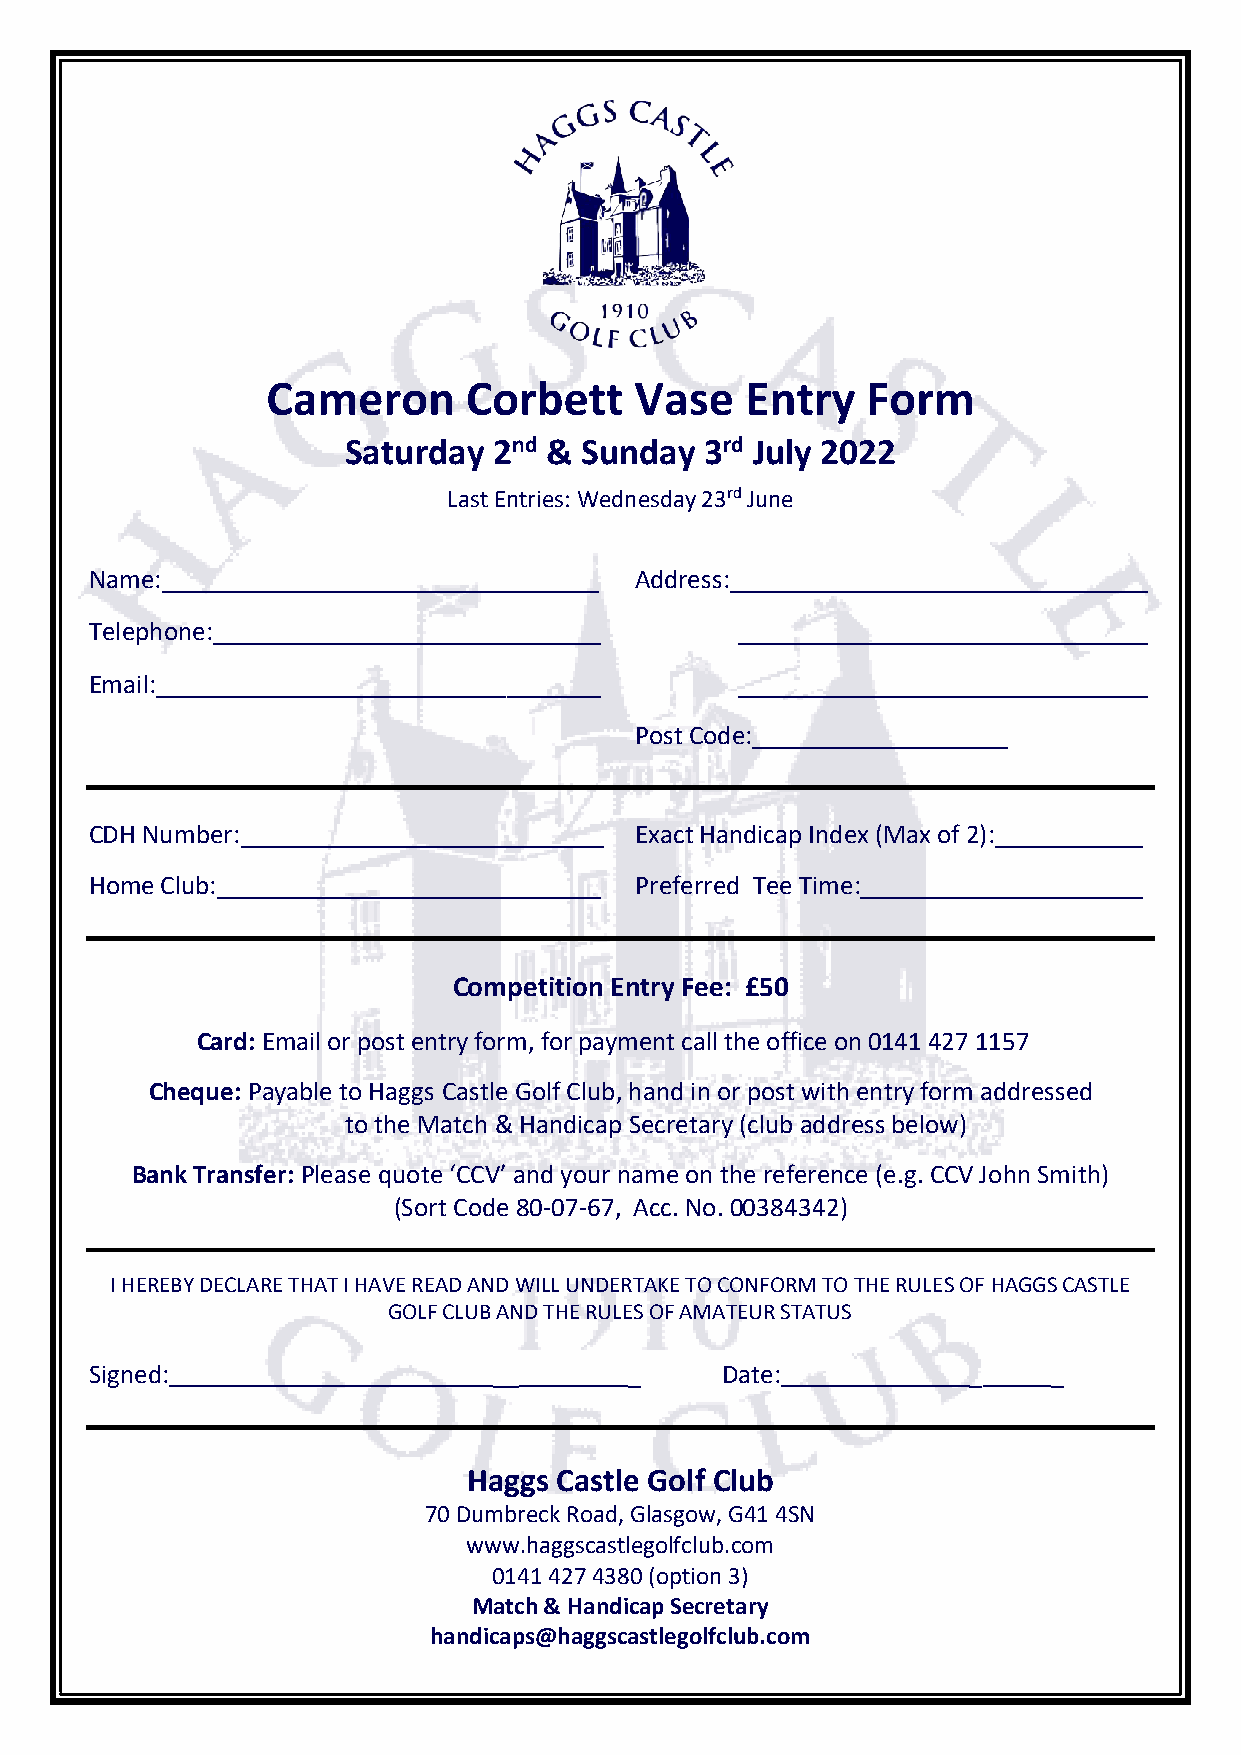
Cameron      Corbett    Vase   Entry   Form
 Saturday  2nd & Sunday  3rd July 2022
 Last Entries: Wednesday 23rd June
 Name:                               Address:                         _
 Telephone:                  _    _
 Email:                    ___    _
 Post Code:             __
 CDH Number:                      _  Exact Handicap Index (Max of 2): _
 Home Club:                          Preferred Tee Time:              _
 Competition Entry Fee: £50
 Card: Email or post entry form, for payment call the office on 0141 427 1157
 Cheque: Payable to Haggs Castle Golf Club, hand in or post with entry form addressed
 to the Match & Handicap Secretary (club address below)
 Bank Transfer: Please quote ‘CCV’ and your name on the reference (e.g. CCV John Smith)
 (Sort Code 80-07-67, Acc. No. 00384342)
 I HEREBY DECLARE THAT I HAVE READ AND WILL UNDERTAKE TO CONFORM TO THE RULES OF HAGGS CASTLE
 GOLF CLUB AND THE RULES OF AMATEUR STATUS
 Signed:                    __       _     Date:           _     _
 Haggs Castle Golf Club
 70 Dumbreck Road, Glasgow, G41 4SN
 www.haggscastlegolfclub.com
 0141 427 4380 (option 3)
 Match & Handicap Secretary
 handicaps@haggscastlegolfclub.com